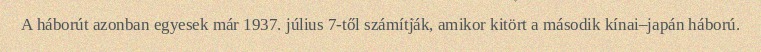
A háborút azonban egyesek már 1937. július 7-től számítják, amikor kitört a második kínai–japán háború.